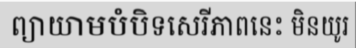
ព្យាយាមបំបិទសេរីភាពនេះ មិនយូរ